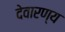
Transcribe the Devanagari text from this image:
देवारण्य